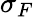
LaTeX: \sigma_{F}